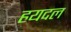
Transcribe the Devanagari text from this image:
हयदल